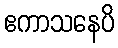
ဧကာသနေပိ